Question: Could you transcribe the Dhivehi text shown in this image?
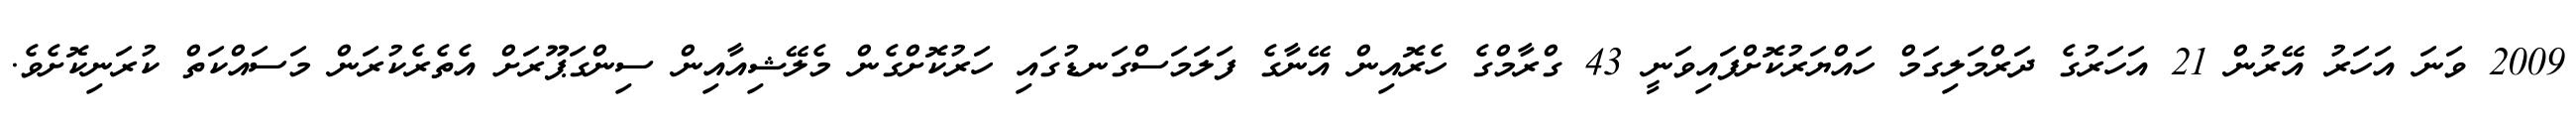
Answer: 2009 ވަނަ އަހަރު އޭރުން 21 އަހަރުގެ ދަރްމަލިގަމް ހައްޔަރުކޮށްފައިވަނީ 43 ގްރާމްގެ ހެރޮއިން އޭނާގެ ފަލަމަސްގަނޑުގައި ހަރުކޮށްގެން މެލޭޝިއާއިން ސިންގަޕޫރަށް އެތެރެކުރަން މަސައްކަތް ކުރަނިކޮށެވެ.